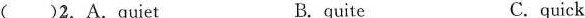
( )2.A.Quiet B. quite C.quick